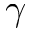
\gamma